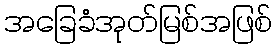
အခြေခံအုတ်မြစ်အဖြစ်